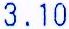
3.10